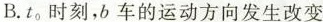
B.t_{0}时刻，b车的运动方向发生改变